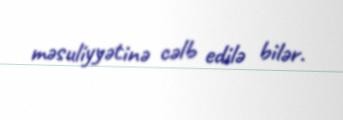
məsuliyyətinə cəlb edilə bilər.